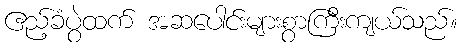
ဧည့်ခံပွဲထက် အဆပေါင်းများစွာကြီးကျယ်သည်။